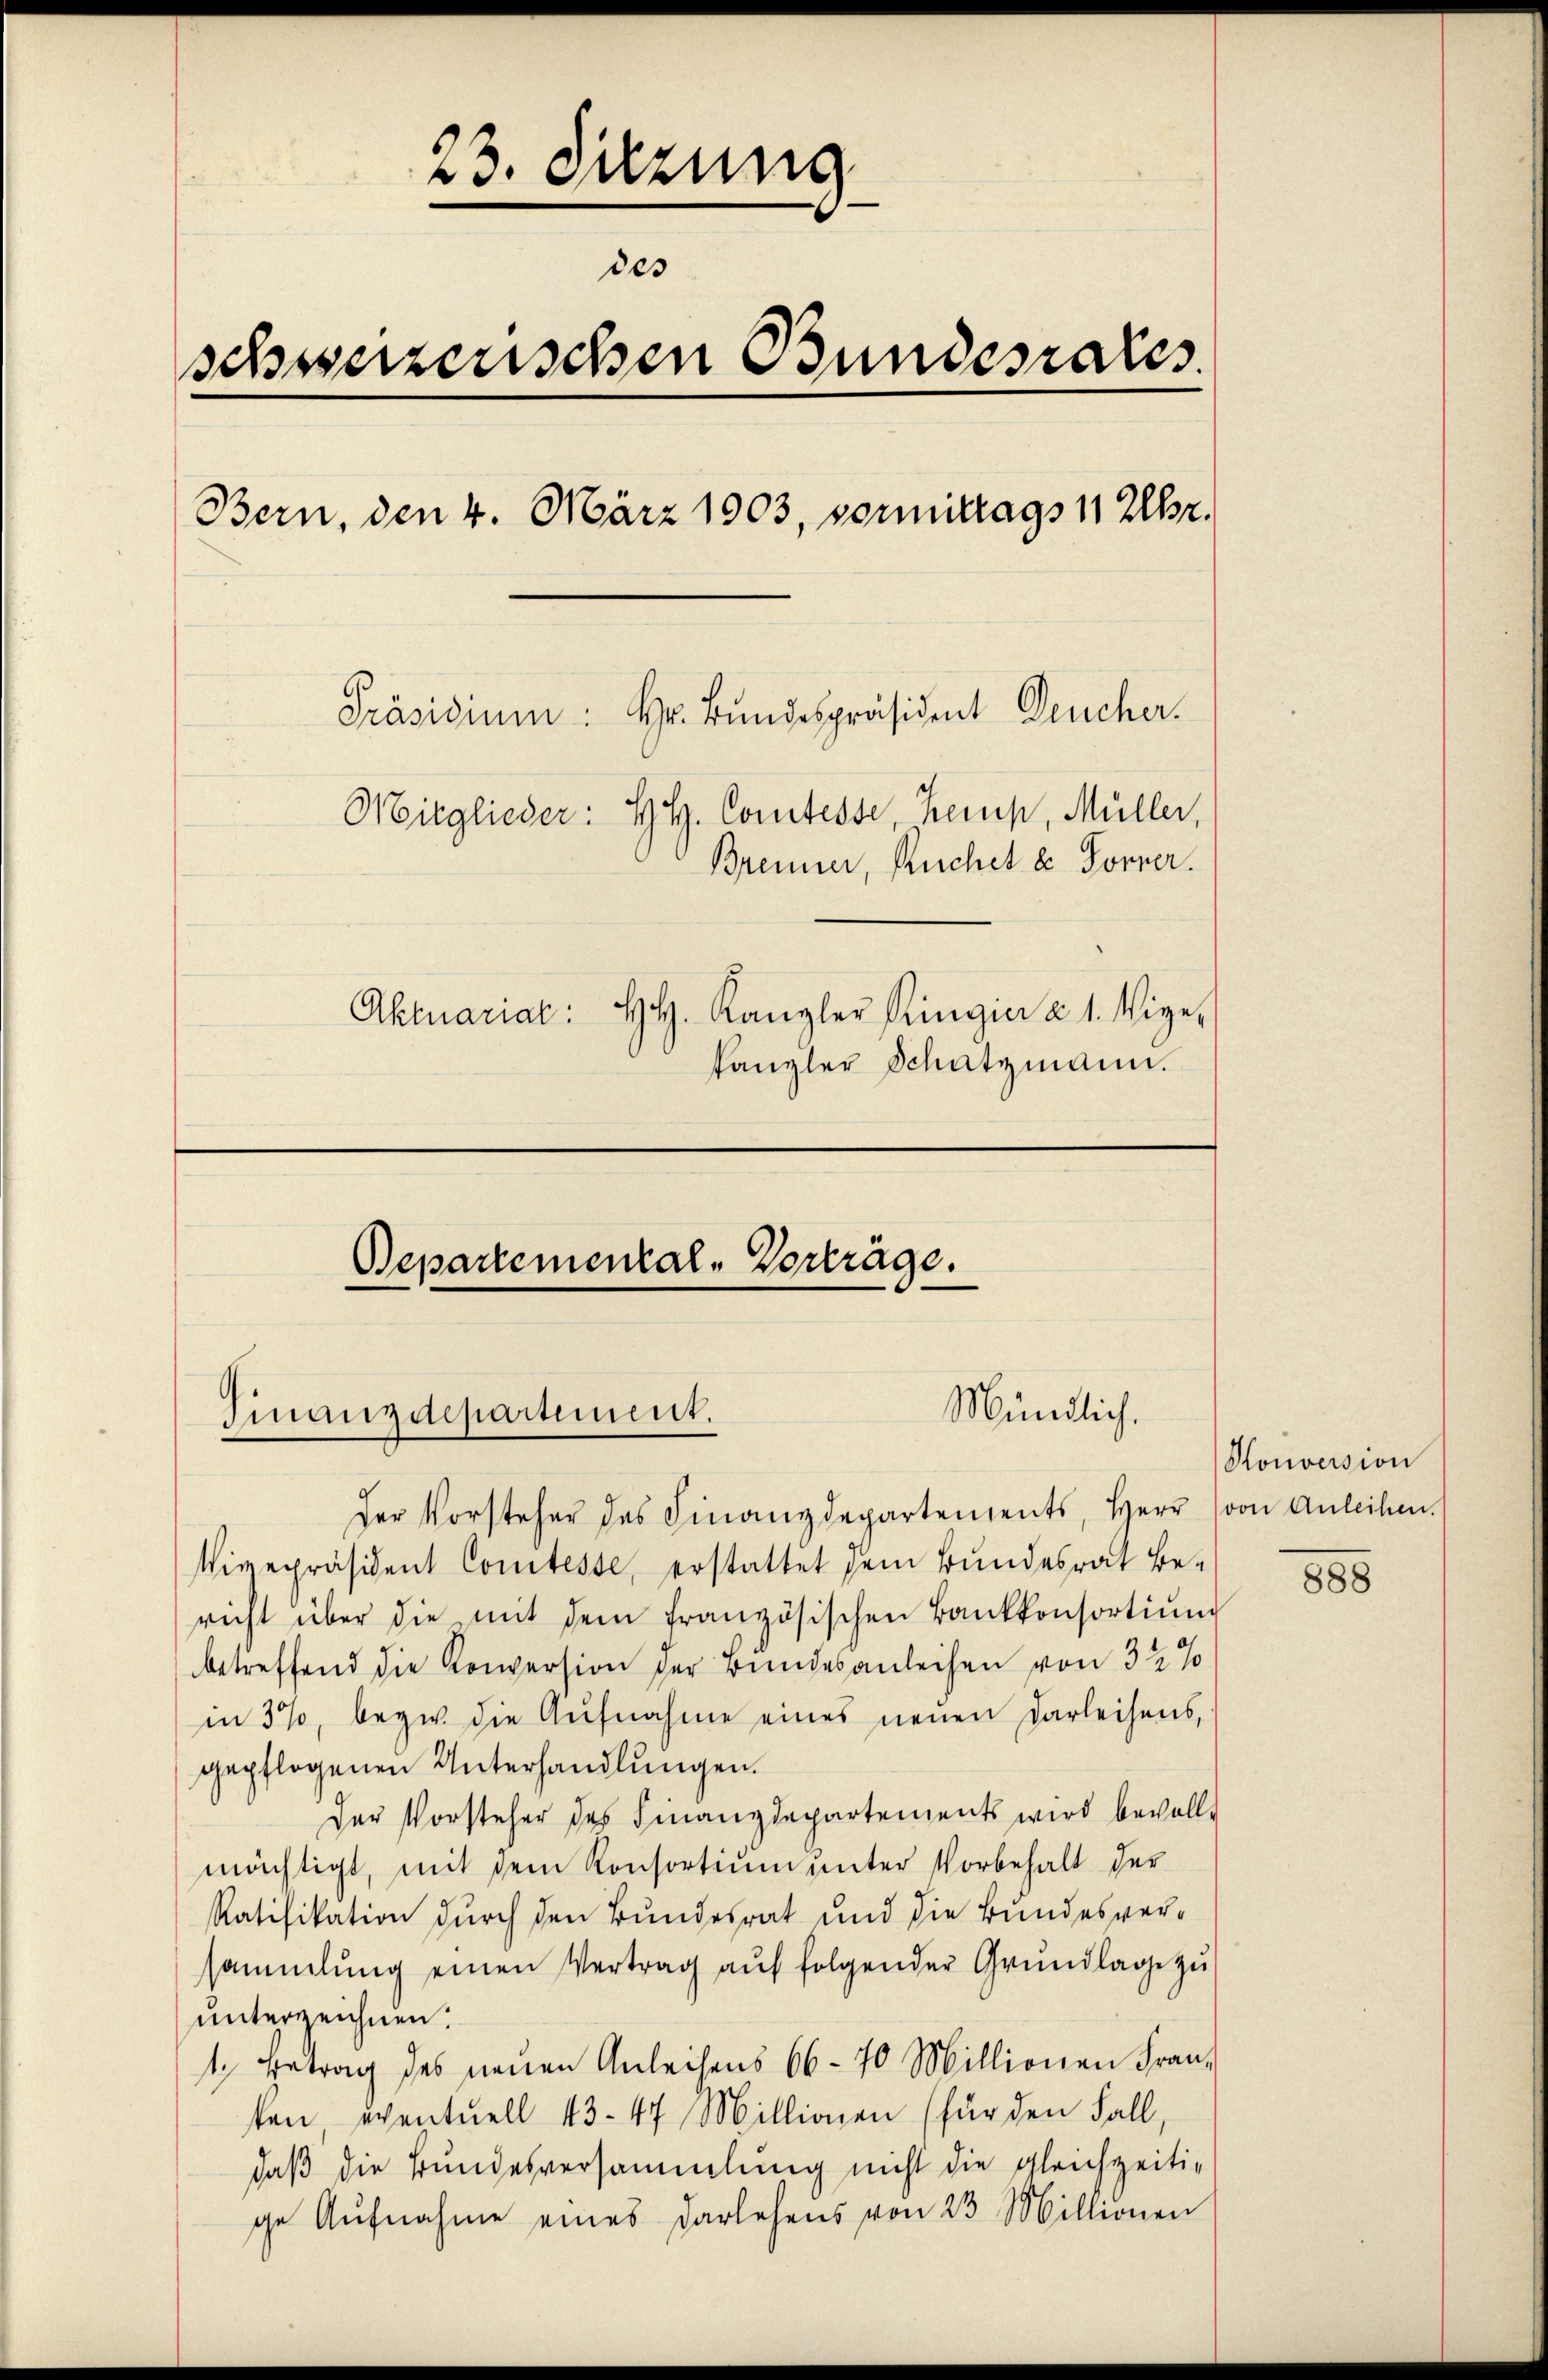
23. Sitzung
des
schweizerischen Bundesrates.
Bern, den 4. März 1903, vormittags 11 Uhr.
Präsidium. Hr. Bundespräsident Deucher.
Mitglieder: HH. Comtesse Kemp, Müller,
Brenner, Ruchel u. Forner
Aktuariat: HH. Kanzler Ringier a. 1. Vize-
kanzler Schatzmann.

Bepartemental - Vorträge.

Finanzdepartement.

der Vorsteher des Finanzdepartements Herr (von Anleihen.
Vigepräsident Comtesse, erstattet sein Bundesrat Be-
richt über die mit dem französischen Bankkonsortiŭm
betreffend die Konversion der Bundesanleihen von 32 %
in 37, bezw. die Aŭfnahme eines neŭen Darleihens,
gepflogenen Unterhandlungen.
Der Vorsteher des Finanzdepartements wird bevollmächtigt, mit dem Konsortium unter Vorbehalt der
Ratifikation durch den Bundesrat und die Bundesversammlung einen Vertrag auf folgender Grundlage zu
unterzeichnen.
1. Betrag des neuen Anleihens 66-70 Millionen Fran-
ken eventuell 43 47 Millionen (für den Fall,
daß die Bundesversammlung nicht die gleichzeitige Aŭfnahme eines Darlehens von 23 Millionen

Mündlich.

Konversion

888